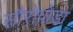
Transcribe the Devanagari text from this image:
सौरोपोडा